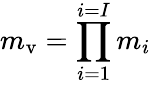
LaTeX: m_{\mathrm{v}}=\displaystyle{\prod_{i=1}^{i=I}m_{i}}